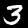
Digit: 3